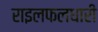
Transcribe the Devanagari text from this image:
राइलफलधारी